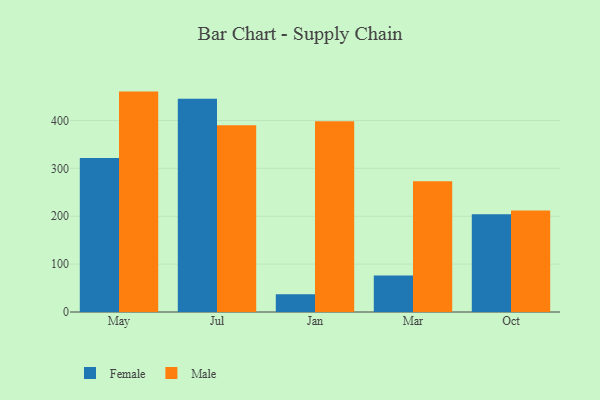
{"axis": {"x": "Month", "y": "Energy Usage (MWh)"}, "legend": ["Female", "Male"], "data": [{"x": "May", "y": 321.8, "type": "Female"}, {"x": "May", "y": 460.3, "type": "Male"}, {"x": "Jul", "y": 445.2, "type": "Female"}, {"x": "Jul", "y": 390.0, "type": "Male"}, {"x": "Jan", "y": 37.3, "type": "Female"}, {"x": "Jan", "y": 398.6, "type": "Male"}, {"x": "Mar", "y": 76.1, "type": "Female"}, {"x": "Mar", "y": 273.3, "type": "Male"}, {"x": "Oct", "y": 204.3, "type": "Female"}, {"x": "Oct", "y": 212.2, "type": "Male"}]}